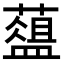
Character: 𦿘